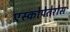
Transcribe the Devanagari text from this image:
एस्कोपेतेरोस